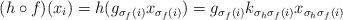
LaTeX: \begin{align*}(h\circ f)(x_i) = h(g_{\sigma_f(i)}x_{\sigma_f(i)}) = g_{\sigma_f(i)} k_{\sigma_h \sigma_f(i)} x_{\sigma_h \sigma_f(i)}\end{align*}